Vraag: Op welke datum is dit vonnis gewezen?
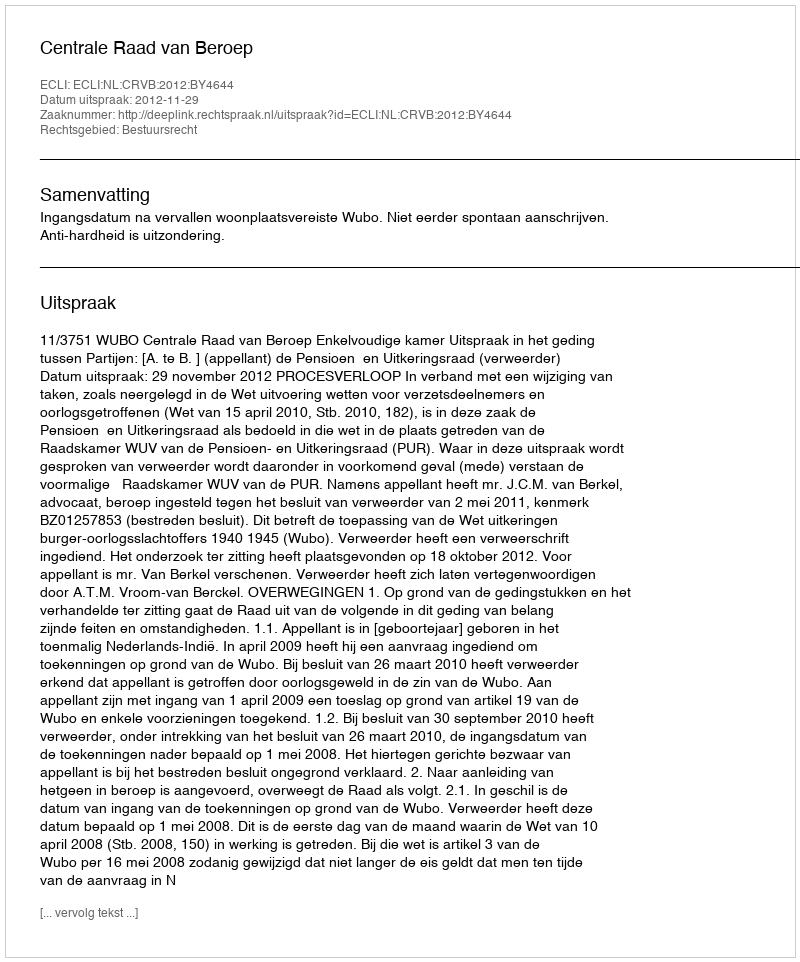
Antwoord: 2012-11-29